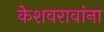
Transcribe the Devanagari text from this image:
केशवरावांना